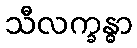
သီလက္ခန္ဓာ